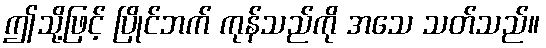
ဤသို့ဖြင့် ပြိုင်ဘက် ကုန်သည်ကို အသေ သတ်သည်။